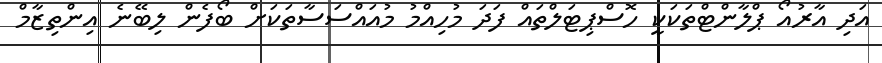
އަދި އާރުއޯ ޕްލާންޓްތަކަކީ ހޮސްޕިޓަލްތައް ފަދަ މުހިއްމު މުއައްސަސާތަކަށް ބޯފެން ލިބޭނެ އިންތިޒާމް